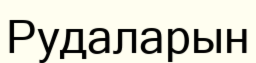
Рудаларын